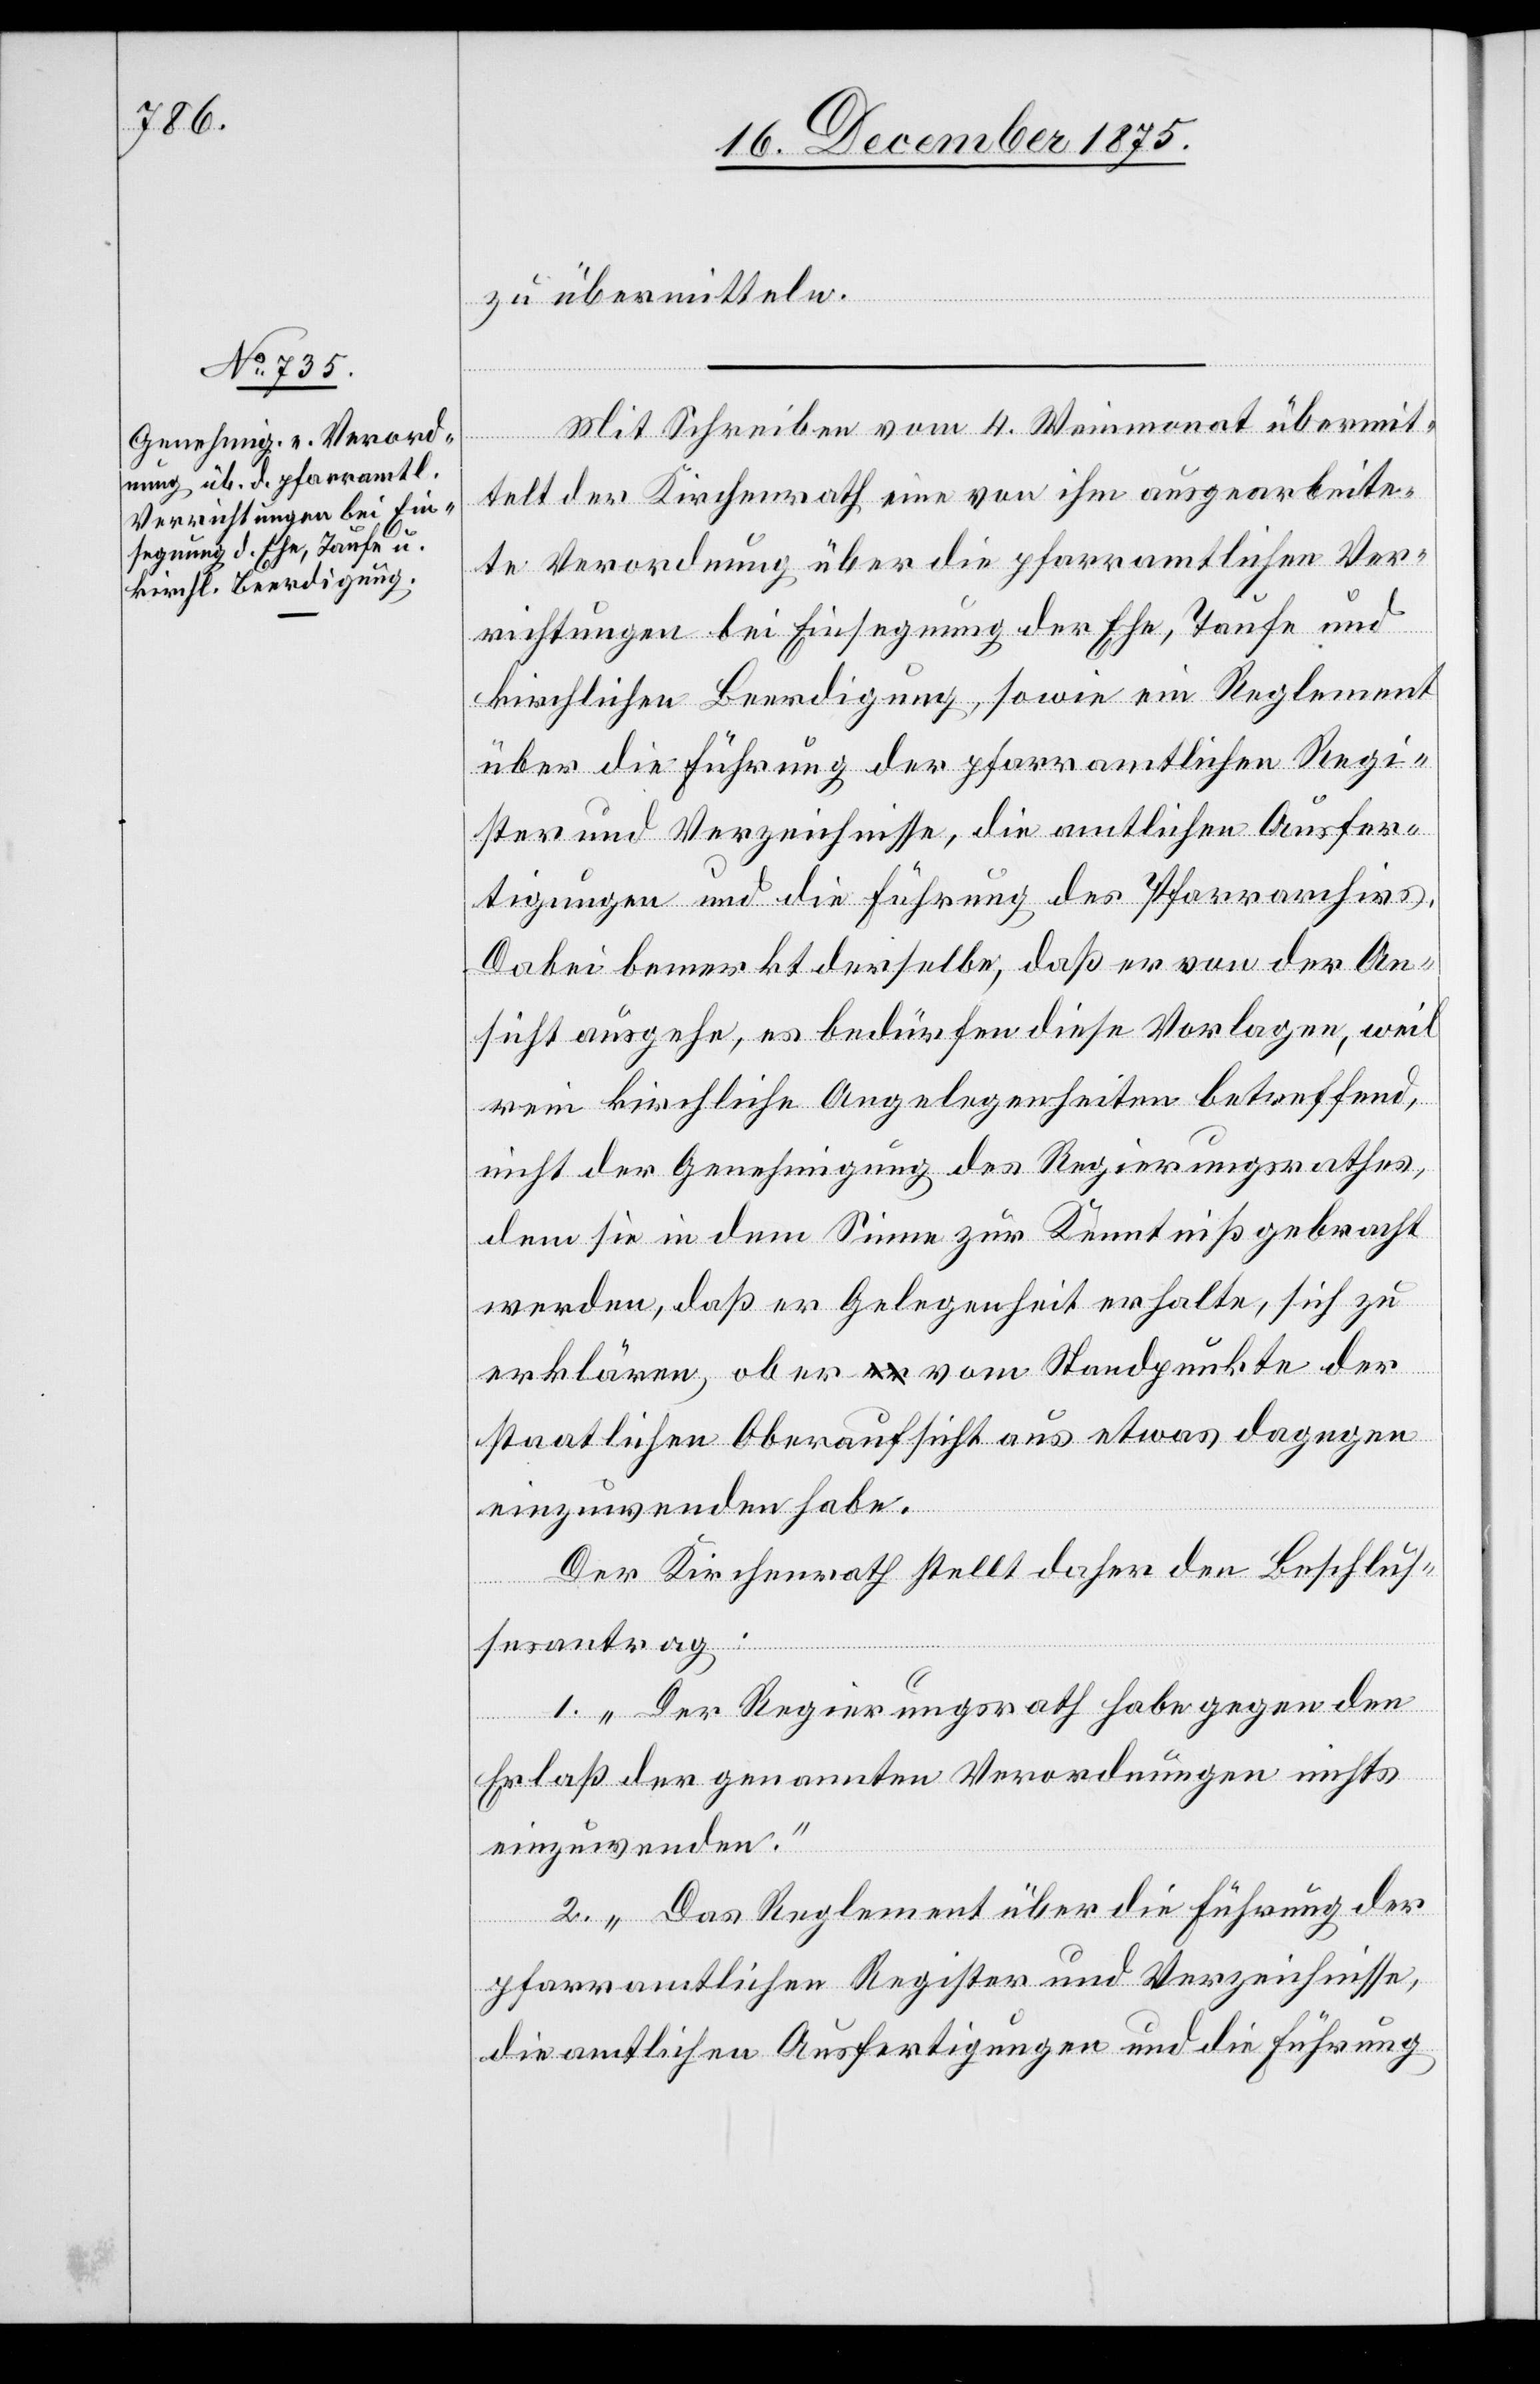
zu übermitteln.
Mit Schreiben vom 4. Weinmonat übermit¬
telt der Kirchenrath eine von ihm ausgearbeite¬
te Verordnung über die pfarramtlichen Ver¬
richtungen bei Einsegnung der Ehe, Taufe und
kirchlichen Beerdigung, sowie ein Reglement
über die Führung der pfarramtlichen Regi¬
ster und Verzeichnisse, die amtlichen Ausfer¬
tigungen und die Führung des Pfarrarchivs.
Dabei bemerkt derselbe, daß er von der An¬
sicht ausgehe, es bedürfen diese Vorlagen, weil
rein kirchliche Angelegenheiten betreffend,
nicht der Genehmigung des Regierungsrathes,
dem sie in dem Sinne zur Kenntniß gebracht
werden, daß er Gelegenheit erhalte, sich zu
erklären, ob er vom Standpunkte der
staatlichen Oberaufsicht aus etwas dagegen
einzuwenden habe,
Der Kirchenrath stellt daher den Beschlus¬
sesantrag.
1. „Der Regierungsrath habe gegen den
Erlaß der genannten Verordnungen nichts
einzuwenden.“
2. „Das Reglement über die Führung der
pfarramtlichen Register und Verzeichnisse,
die amtlichen Ausfertigungen und die Führung